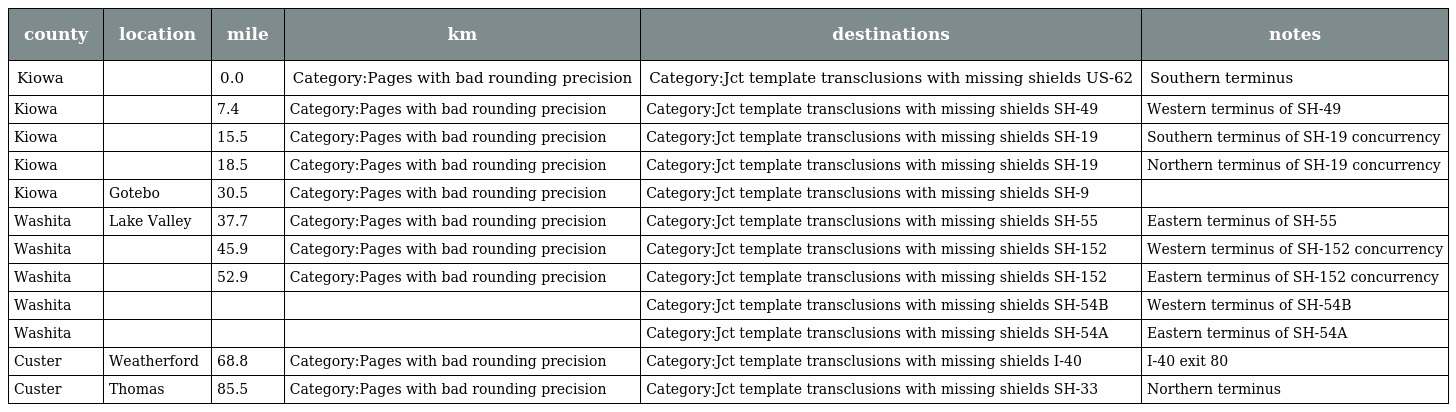
| county | location | mile | km | destinations | notes |
 | --- | --- | --- | --- | --- | --- |
 | Kiowa |  | 0.0 | Category:Pages with bad rounding precision | Category:Jct template transclusions with missing shields US-62 | Southern terminus |
 | Kiowa |  | 7.4 | Category:Pages with bad rounding precision | Category:Jct template transclusions with missing shields SH-49 | Western terminus of SH-49 |
 | Kiowa |  | 15.5 | Category:Pages with bad rounding precision | Category:Jct template transclusions with missing shields SH-19 | Southern terminus of SH-19 concurrency |
 | Kiowa |  | 18.5 | Category:Pages with bad rounding precision | Category:Jct template transclusions with missing shields SH-19 | Northern terminus of SH-19 concurrency |
 | Kiowa | Gotebo | 30.5 | Category:Pages with bad rounding precision | Category:Jct template transclusions with missing shields SH-9 |  |
 | Washita | Lake Valley | 37.7 | Category:Pages with bad rounding precision | Category:Jct template transclusions with missing shields SH-55 | Eastern terminus of SH-55 |
 | Washita |  | 45.9 | Category:Pages with bad rounding precision | Category:Jct template transclusions with missing shields SH-152 | Western terminus of SH-152 concurrency |
 | Washita |  | 52.9 | Category:Pages with bad rounding precision | Category:Jct template transclusions with missing shields SH-152 | Eastern terminus of SH-152 concurrency |
 | Washita |  |  |  | Category:Jct template transclusions with missing shields SH-54B | Western terminus of SH-54B |
 | Washita |  |  |  | Category:Jct template transclusions with missing shields SH-54A | Eastern terminus of SH-54A |
 | Custer | Weatherford | 68.8 | Category:Pages with bad rounding precision | Category:Jct template transclusions with missing shields I-40 | I-40 exit 80 |
 | Custer | Thomas | 85.5 | Category:Pages with bad rounding precision | Category:Jct template transclusions with missing shields SH-33 | Northern terminus |